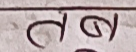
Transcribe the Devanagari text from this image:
तब